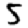
Digit: 5